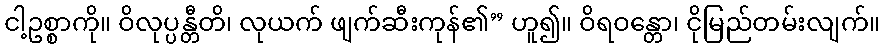
ငါ့ဥစ္စာကို။ ဝိလုပ္ပန္တီတိ၊ လုယက် ဖျက်ဆီးကုန်၏” ဟူ၍။ ဝိရဝန္တော၊ ငိုမြည်တမ်းလျက်။